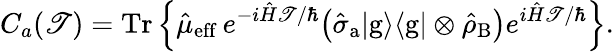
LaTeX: C_{a}(\mathscr{T})=\mathrm{{Tr}}\left\lbrace\hat{{\mu}}_{\mathrm{{eff}}}\, {e}^{-i\hat{{H}}\mathscr{T}/\hbar}\big(\hat{{\sigma}}_{\mathrm{{a}}}{|}\mathrm{{g}}\rangle\langle{\mathrm{{g}}}|\otimes\hat{{\rho}}_{\mathrm{{B}}}\big)e^{i\hat{{H}}\mathscr{T}/\hbar}\right\rbrace.